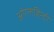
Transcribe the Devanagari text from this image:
आंग्लहिन्दी